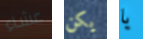
عشاء يكن يا